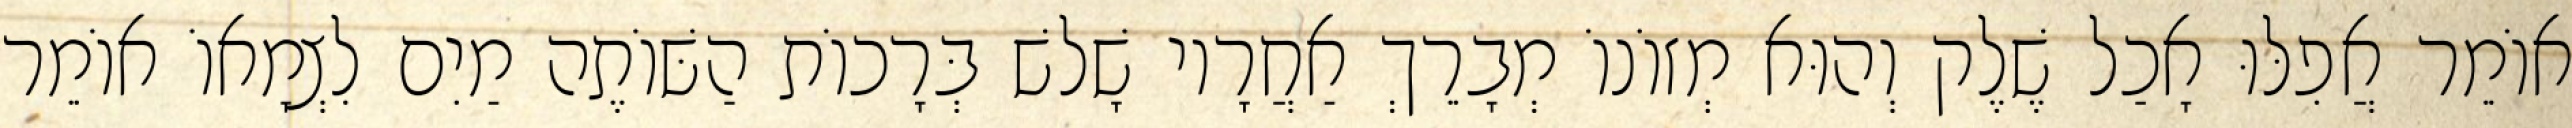
אוֹמֵר אֲפִלּוּ אָכַל שֶׁלֶק וְהוּא מְזוֹנוֹ מְבָרֵךְ אַחֲרָיו שָׁלשׁ בְּרָכוֹת הַשּׁוֹתֶה מַיִם לִצְמָאוֹ אוֹמֵר